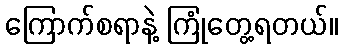
ကြောက်စရာနဲ့ ကြုံတွေ့ရတယ်။